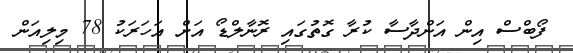
ފޯބްސް އިން އަންދާސާ ކުރާ ގޮތުގައި ރޮނާލްޑޯ އަށް އަހަރަކު 78 މިލިއަން